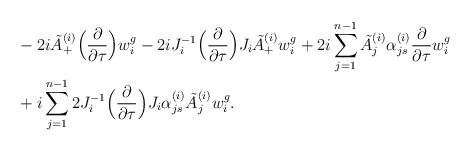
LaTeX: \begin{align*}&-2i\tilde A_+^{(i)}\Big(\frac{\partial}{\partial \tau}\Big) w_i^g-2iJ_i^{-1}\Big(\frac{\partial}{\partial\tau}\Big) J_i\tilde A_+^{(i)}w_i^g+2i\sum_{j=1}^{n-1}\tilde A_j^{(i)}\alpha_{js}^{(i)}\frac{\partial}{\partial\tau}w_i^g\\&+i\sum_{j=1}^{n-1}2J_i^{-1}\Big(\frac{\partial}{\partial\tau}\Big)J_i\alpha_{js}^{(i)}\tilde A_j^{(i)}w_i^g.\end{align*}